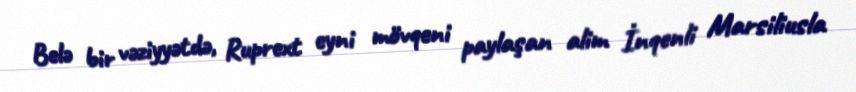
Belə bir vəziyyətdə, Ruprext eyni mövqeni paylaşan alim İnqenli Marsiliusla